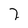
Character: 2